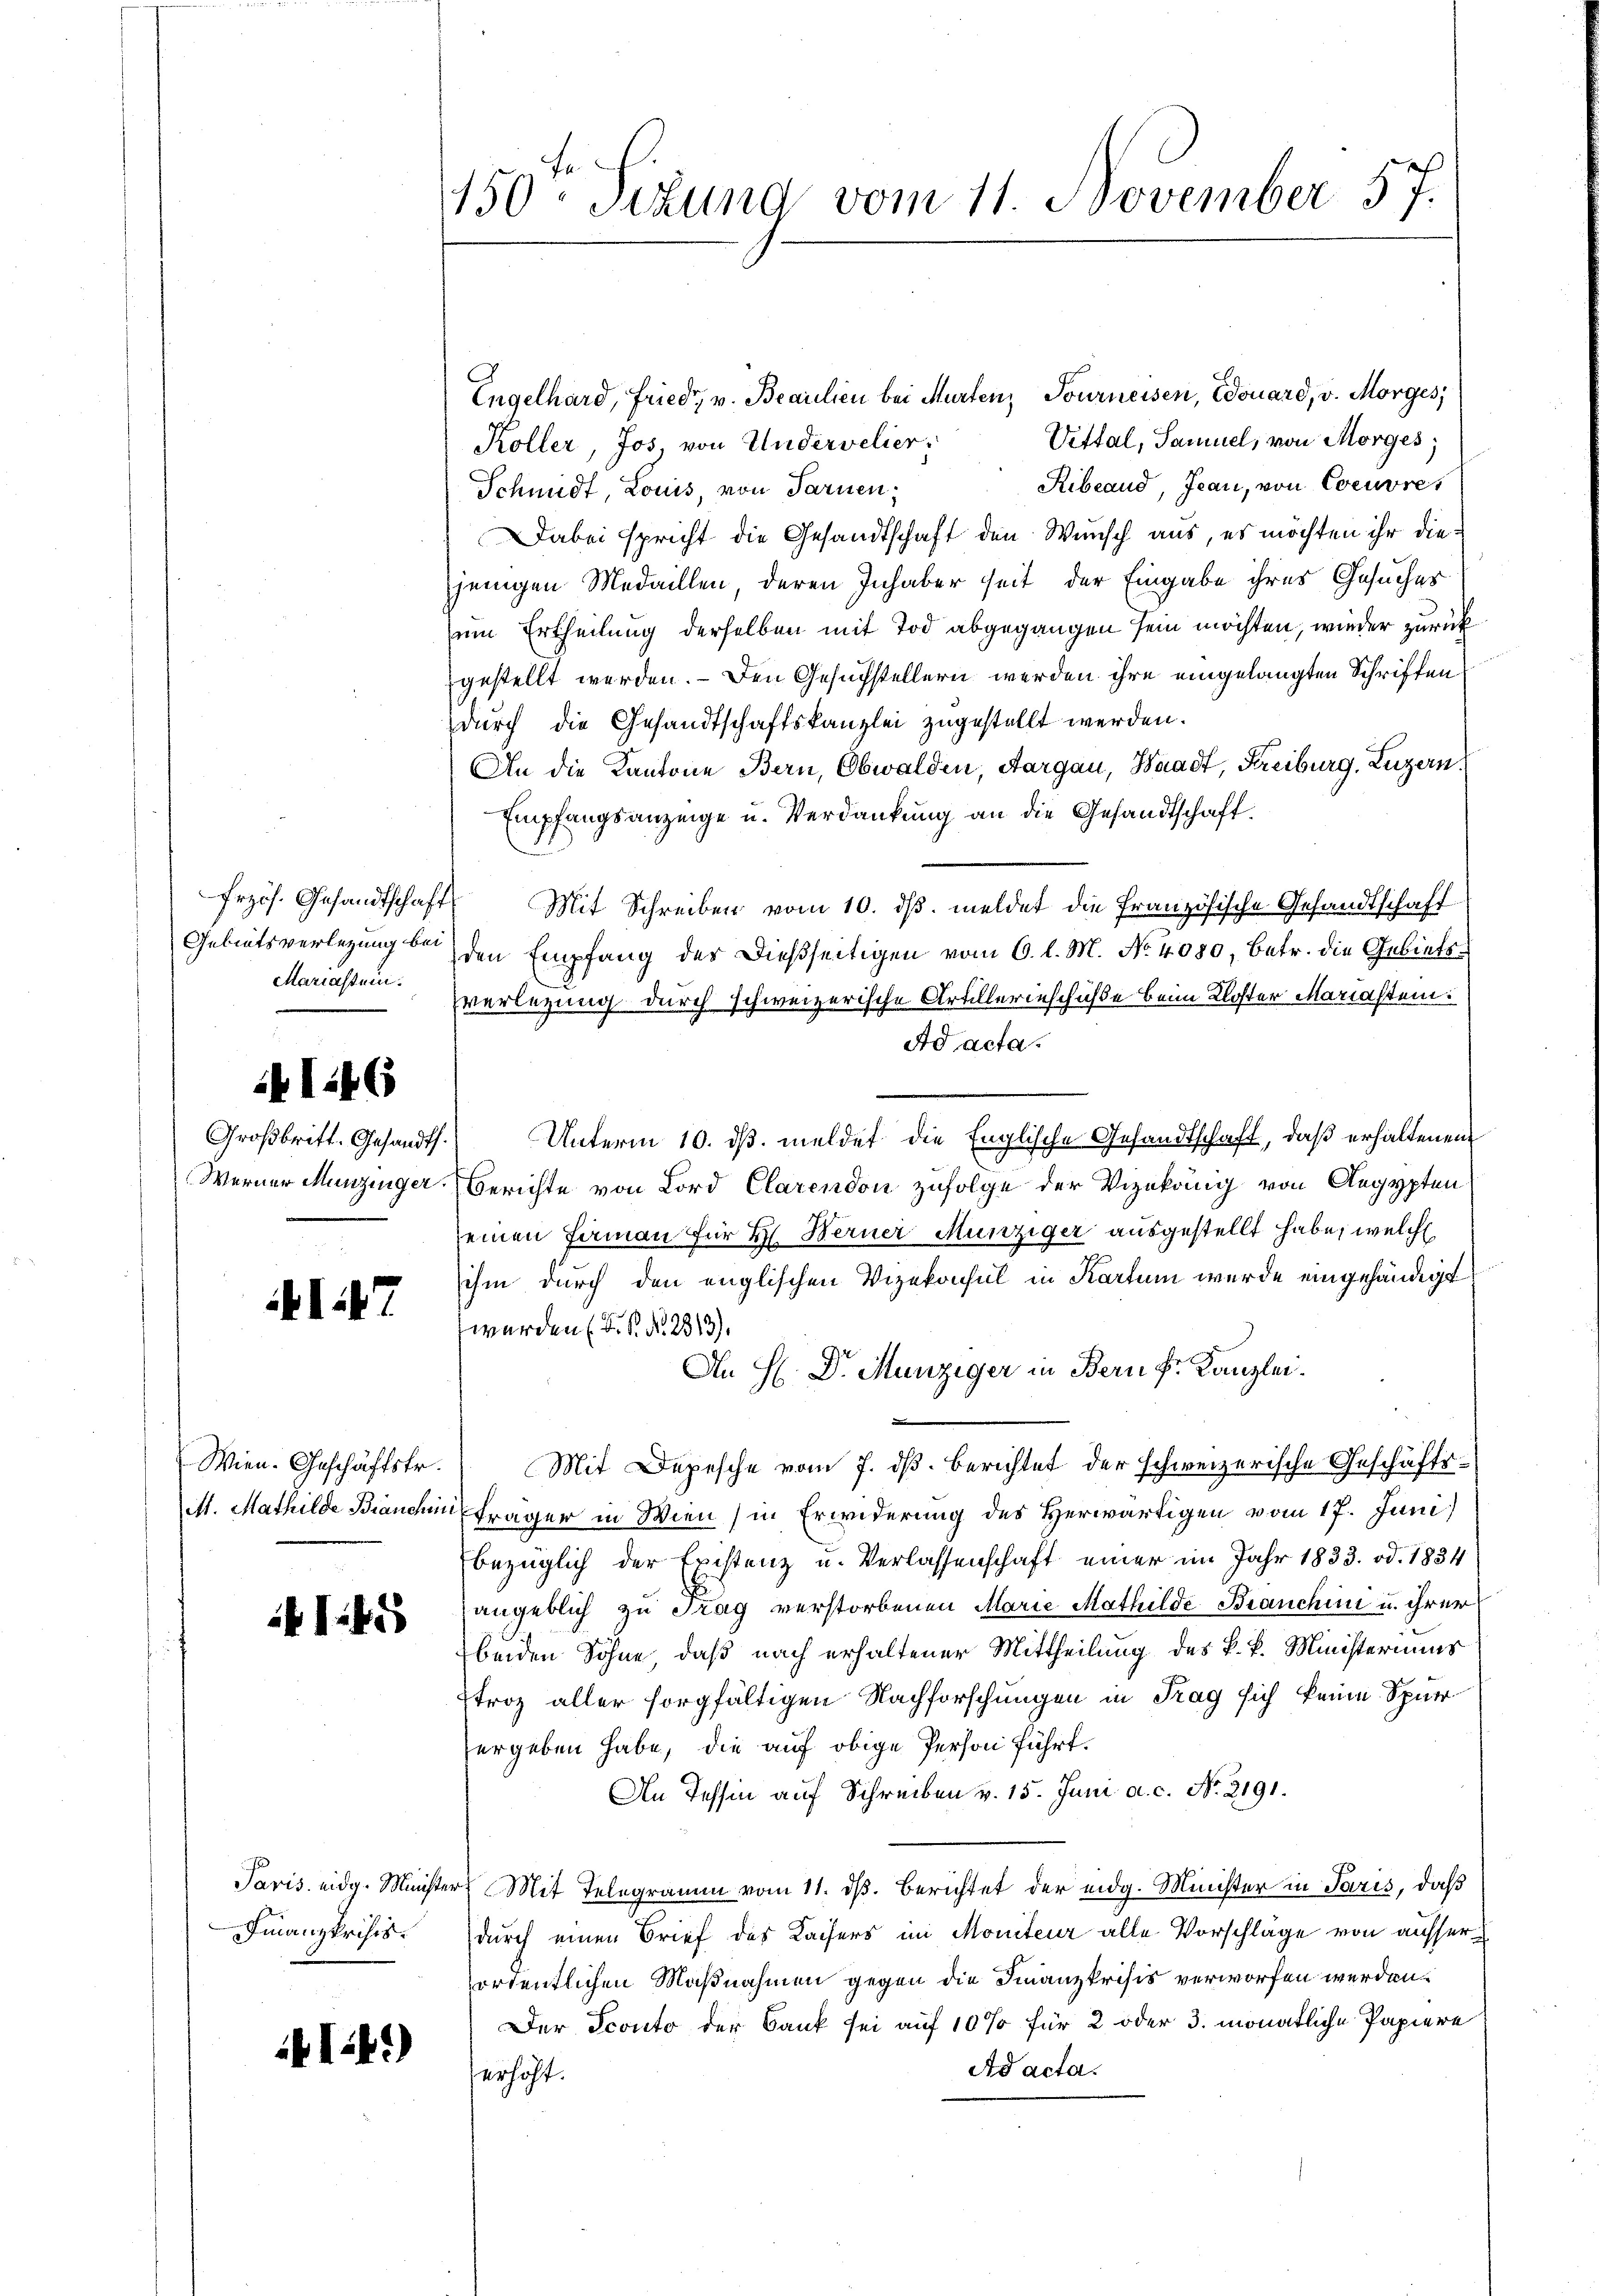
Gebietsverlegung bei
Mariastein.
146

I47

Wien. Geschäftstr.

41:45

Finanzkrisis.

iklib.)

150. Situng vom 11. November 57.

Engelhard, Fried, v. Beailien bei Murten, Tourneisen, Edouard, v. Morges,
Vittal, Samuel, von Morges;
Koller, Jos von Undervelier,
Ribrand, Jean, von Coeuvres
Schmidt Louis, von Sarnen;
Dabei spricht die Gesandtschaft den Wunsch aus, es möchten ihr diejenigen Medaillen, deren Inhaber seit der Eingabe ihres Gesuches
um Ertheilung derselben mit Tod abgegangen sein möchten, wieder zurück
gestellt werden. — Den Gesuchstellern werden ihre eingelangten Schriften
durch die Gesandtschaftskanzlei zugestellt werden.
An die Kantone Bern, Obwalden, Aargau, Waadt, Freiburg, Luzern,
Empfangsanzeige u. Verdankung an die Gesandtschaft.
frzös. Gesandtschaft Mit Schreiben vom 10. dβ. meldet die Französische Gesandtschaft
den Empfang der dießseitigen vom 6. l. M. No. 4080, betr. die Gebietsverletzung durch schweizerische Artillerieschüße beim Kloster Mariasten:
Ad acta.
Großbritt. Gesandt. Unterm 10. dβ. meldet die Englische Gesandtschaft, daß erhaltenen
Werner Munzinger Berichte von Lord Clarendon zufolge der Vizekonig von Aegypten
seinen Firmann für Hs. Berner Munziger ausgestellt habe, welche
ihm durch den englischen Vizekonsul in Kartem wurde eingehändigt
werden (S. P. Nr. 2513).
An H. Dr. Munziger in Bern Fr. Kanzlei.
Mit Depesche vom 7. dß. Berichtet der schweizerische Geschäfts¬
Mt. Mathilde Branchen Frager in Wien (in Erwiderung des Herwärtigen vom 17. Juni
bezüglich der Existenz u. Verlassenschaft einer im Jahr 1833. od. 1834
angeblich zu Frag verstorbenen Marie Mathilde Branchen u. ihrer
beiden Söhne, daß nach erhaltener Mittheilung des k. k. Ministeriums
troz aller sorgfältigen Nachforschungen in Trag sich keine Spur
ergeben habe, die auf obige Person führt.
An Tessin auf Schreiben v. 15. Juni a.c. No. 2191.
Paris eidg. Minister Mit Telegramm vom 11. dβ. Berichtet der eidg. Minister in Paris, daß
durch einen Brief des Kaisers im Moniteur alle Vorschläge von ausserordentlichen Maßnahmen gegen die Finanzkrisis verworfen werden.
Der Sconto der Bank sei auf 10 % für 2 oder 3. monatliche Papiere
Ad acta.
erhöht.